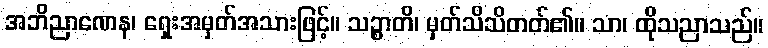
အဘိညာဏေန၊ ရှေးအမှတ်အသားဖြင့်။ သဉ္စာတိ၊ မှတ်သိသိတတ်၏။ သာ၊ ထိုသညာသည်။